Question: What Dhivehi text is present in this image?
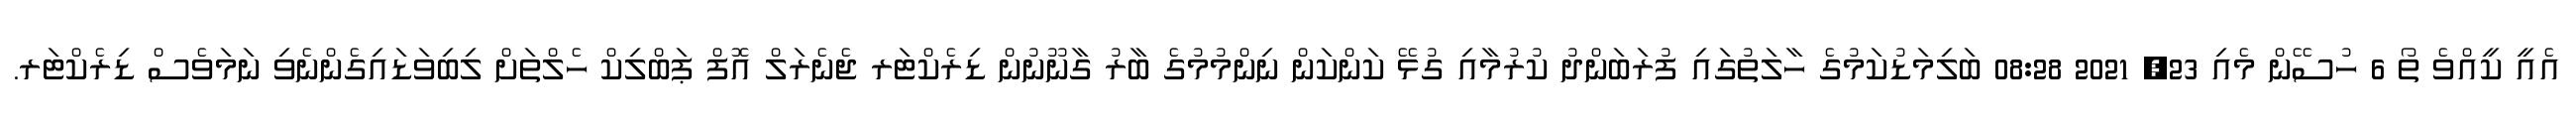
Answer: އެއީ ކީއްވެ ތޯ 6 ހުސޭން މެއި 23, 2021 08:28 ބަލިމަޑުކަމުގެ ހާލަތުގައި ފުރަބަންދު ކުރުމާއި ގުޅޭ ކަންކަން ނިންމުމުގެ ބާރު ގާނޫނުން ޑިރެކްޓަރ ޖެނެރަލް އޮފް ޕަބްލިކް ހެލްތަށް ލިބިވަޑައިގެންނެވި ނަމަވެސް ޑިރެކްޓަރ.